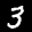
Label: 3